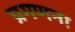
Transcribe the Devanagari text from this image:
प्रगणना